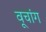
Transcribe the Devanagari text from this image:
वूचांग